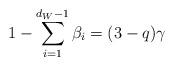
LaTeX: \begin{align*}1-\sum_{i=1}^{d_W-1} \beta_i =(3-q) \gamma\end{align*}